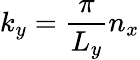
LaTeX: k_{y}=\frac{\pi}{L_{y}}n_{x}